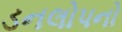
ડનલોપનો